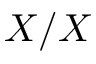
X / X